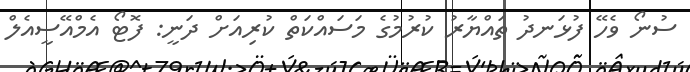
ސުނޯ ވެހޭ ފުޅަނދު ތައްޔާރު ކުރުމުގެ މަސައްކަތް ކުރިއަށް ދަނީ: ފޮޓޯ އެމްއޭސީއެލް